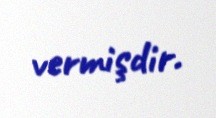
vermişdir.